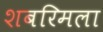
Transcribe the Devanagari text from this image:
शबरिमला